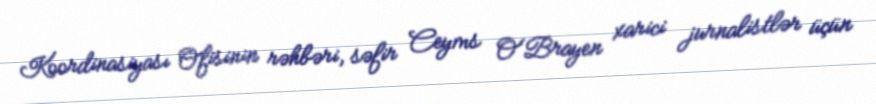
Koordinasiyası Ofisinin rəhbəri, səfir Ceyms O'Brayen xarici jurnalistlər üçün